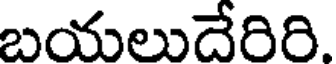
బయలుదేరిరి.